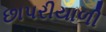
છાપરીયાળી